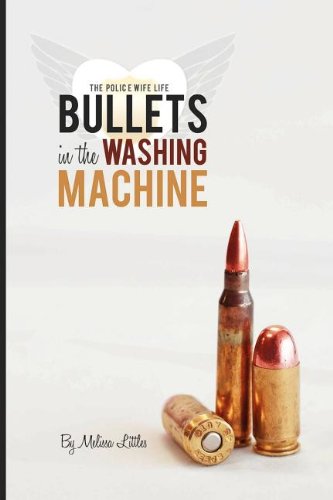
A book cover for Bullets in the Washing Machine; Melissa Littles; Literature & Fiction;